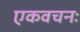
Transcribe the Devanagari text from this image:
एकवचनः